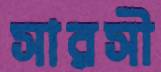
সারসী